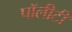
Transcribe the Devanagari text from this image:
पॉलीटी